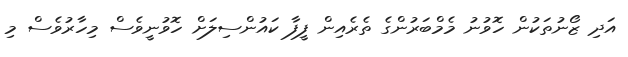
އަދި ޒޯނުތަކުން ހޮވުނު މެމްބަރުންގެ ތެރެއިން ފީފާ ކައުންސިލަށް ހޮވުނީވެސް މިހާރުވެސް މި